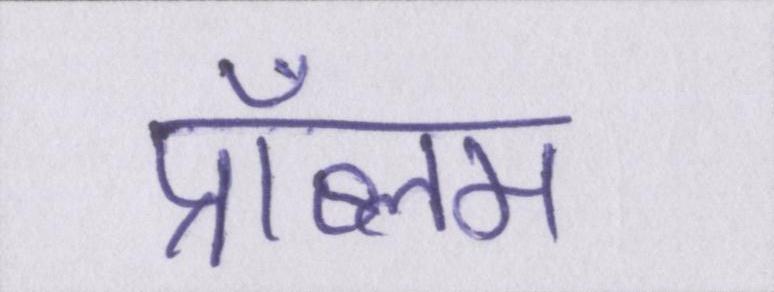
प्रॉब्लम